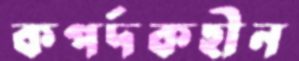
কপর্দকহীন